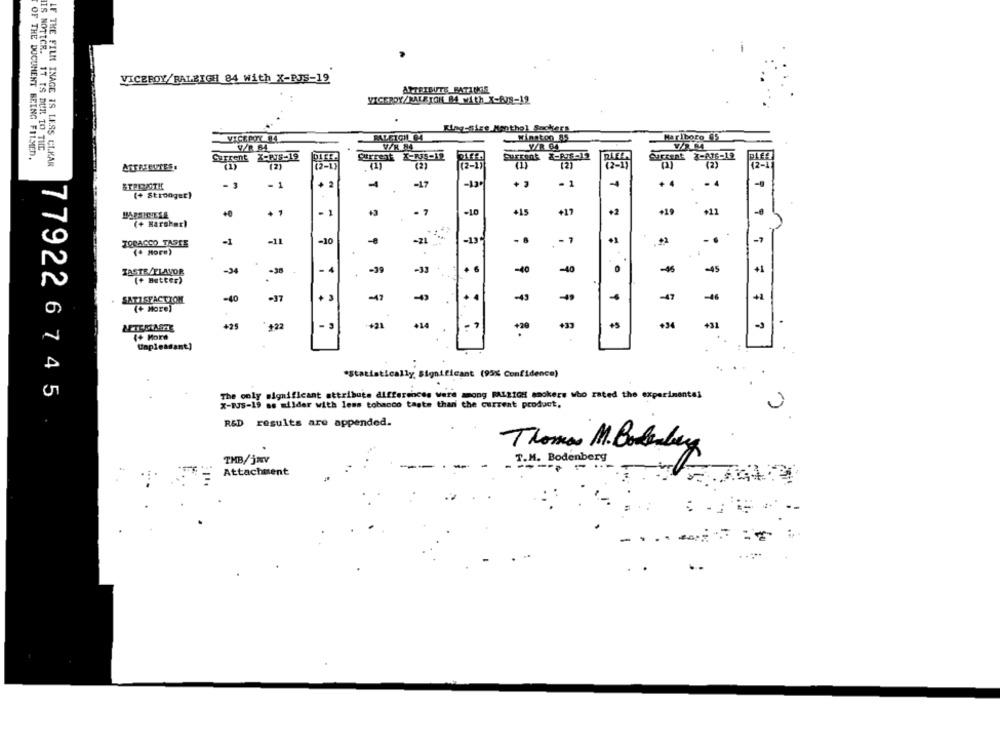
VICEROY/RALEIGH 84 With X-BJS-19
ATTRIBUTE BATTUES
VICEROY/RALEJOHL B4_with_X-EN-19
diegesize Menthol Sackers
Winston AS
VICEROY 14.
Marlboro 05
IIS NOTTCR. IT IS DUR TO TIL
V/R 64
V/R 84
OF THE DOCUMENT BEING FILMED.
Current X-PTS-19
Current K-NS-12
Surrenk X-RTE-T
ATent X-AT6-12
LF THE FILM INAGE IS LESS CIKAR
ATTRIBUTES.
(2)
(2-1)
(2)
(2-1)
(2)
(2-1)
(2)
12-1
STRENGTH
- 3
- 1
+ 2
-17
-13.
+ 3
- 1
4
+4
. 4
(+ Stronger)
- 1
- 7
-10
+17
+2
#11
-8
+15
(+ Harsher)
-1
-10
-21
-13^
- 8
- 7
-7
TOBACCO TASTE
(+ More)
TASTE/FLAVOR
-34
-29
4 6
-40
-40
0
-45
+1
(+ Butter)
SATISFACTION
-40
-37
+ 3
43
+4
-43
-47
-46
(+ More)
.
+25
+22
+21
+14
-
+20
+5
+34
+31
(+ More
Unpleasant]
*Statistically Significant (95% Confidence)
.
The only significant attributs differences Were among RALEIGH smokers who rated the experimentei
77922 6 7 45
X-BUS-19 as milder with less tobacco taste than the current product,
R&D results are appended.
Thomas M. Bokenbey
THB/jwv
T.M. Bodenberg
Attachment